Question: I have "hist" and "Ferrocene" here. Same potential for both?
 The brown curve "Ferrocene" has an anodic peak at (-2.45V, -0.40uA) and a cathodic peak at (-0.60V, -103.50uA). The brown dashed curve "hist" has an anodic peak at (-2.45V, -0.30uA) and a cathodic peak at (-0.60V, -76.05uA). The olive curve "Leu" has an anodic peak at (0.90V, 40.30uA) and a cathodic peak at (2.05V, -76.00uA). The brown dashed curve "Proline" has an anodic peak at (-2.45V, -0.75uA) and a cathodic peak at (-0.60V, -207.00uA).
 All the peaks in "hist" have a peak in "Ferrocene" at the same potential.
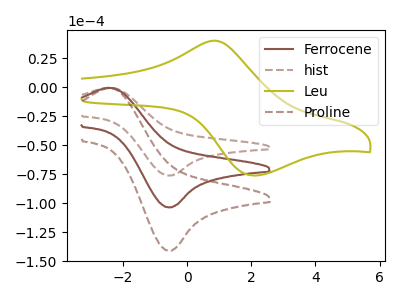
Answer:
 <answer>"hist" and "Ferrocene" are similar in shape.</answer>
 <eval>same_shape</eval>